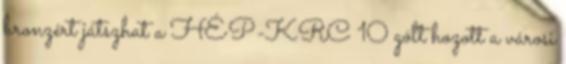
bronzért játszhat a HÉP-KRC 10 gólt hozott a városi